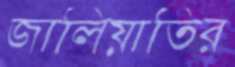
জালিয়াতির